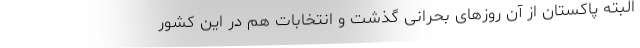
البته پاکستان از آن روزهای بحرانی گذشت و انتخابات هم در این کشور